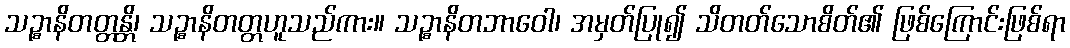
သဉ္စာနိတတ္တန္တိ၊ သဉ္စာနိတတ္တဟူသည်ကား။ သဉ္စာနိတဘာဝေါ၊ အမှတ်ပြု၍ သိတတ်သောစိတ်၏ ဖြစ်ကြောင်းဖြစ်ရာ